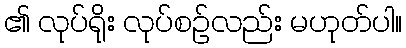
၏ လုပ်ရိုး လုပ်စဉ်လည်း မဟုတ်ပါ။